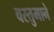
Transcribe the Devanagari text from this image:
वस्तुमाने